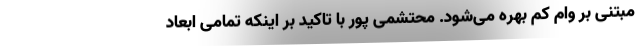
مبتنی بر وام کم بهره می‌شود. محتشمی پور با تاکید بر اینکه تمامی ابعاد